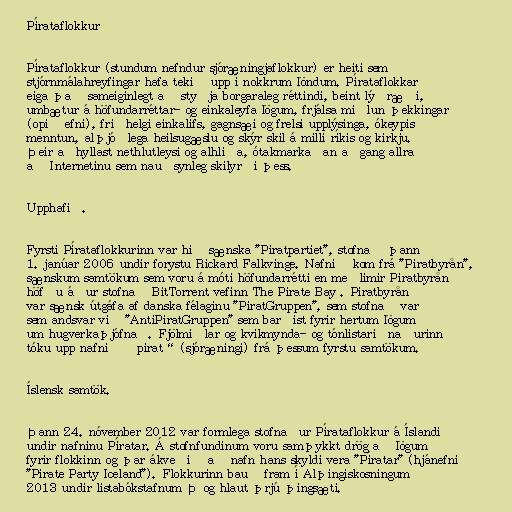
Pírataflokkur

Pírataflokkur (stundum nefndur sjóræningjaflokkur) er heiti sem
stjórnmálahreyfingar hafa tekið upp í nokkrum löndum. Pírataflokkar
eiga það sameiginlegt að styðja borgaraleg réttindi, beint lýðræði,
umbætur á höfundarréttar- og einkaleyfa lögum, frjálsa miðlun þekkingar
(opið efni), friðhelgi einkalífs, gagnsæi og frelsi upplýsinga, ókeypis
menntun, alþjóðlega heilsugæslu og skýr skil á milli ríkis og kirkju.
Þeir aðhyllast nethlutleysi og alhliða, ótakmarkaðan aðgang allra
að Internetinu sem nauðsynleg skilyrði þess.

Upphafið.

Fyrsti Pírataflokkurinn var hið sænska "Piratpartiet", stofnað þann
1. janúar 2006 undir forystu Rickard Falkvinge. Nafnið kom frá "Piratbyrån",
sænskum samtökum sem voru á móti höfundarrétti en meðlimir Piratbyrån
höfðu áður stofnað BitTorrent vefinn The Pirate Bay . Piratbyrån
var sænsk útgáfa af danska félaginu "PiratGruppen", sem stofnað var
sem andsvar við "AntiPiratGruppen" sem barðist fyrir hertum lögum
um hugverkaþjófnað. Fjölmiðlar og kvikmynda- og tónlistariðnaðurinn
tóku upp nafnið „pirat“ (sjóræningi) frá þessum fyrstu samtökum.

Íslensk samtök.

Þann 24. nóvember 2012 var formlega stofnaður Pírataflokkur á Íslandi
undir nafninu Píratar. Á stofnfundinum voru samþykkt drög að lögum
fyrir flokkinn og þar ákveðið að nafn hans skyldi vera "Píratar" (hjánefni
"Pirate Party Iceland"). Flokkurinn bauð fram í Alþingiskosningum
2013 undir listabókstafnum Þ og hlaut þrjú þingsæti.